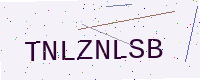
Text: TNLZNLSB